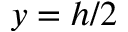
y = h / 2